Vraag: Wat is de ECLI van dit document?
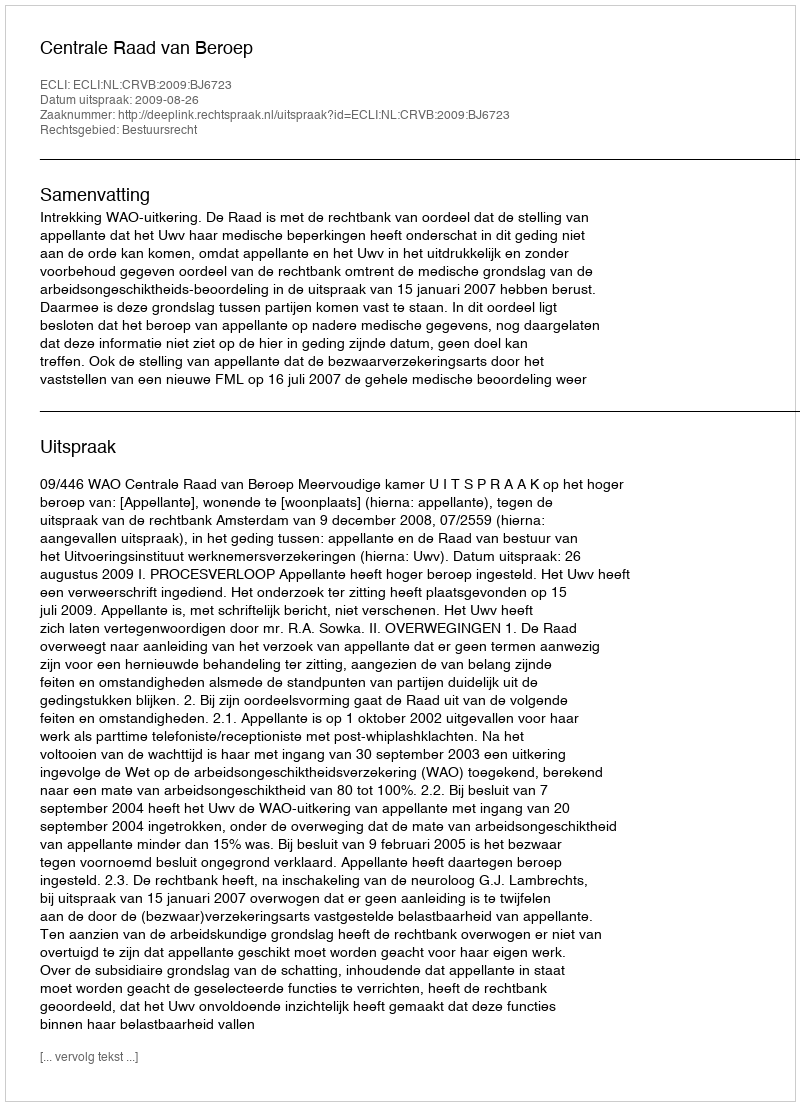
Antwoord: ECLI:NL:CRVB:2009:BJ6723